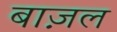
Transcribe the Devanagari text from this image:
बाज़ल